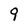
Character: 9